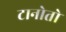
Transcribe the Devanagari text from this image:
टानोतो